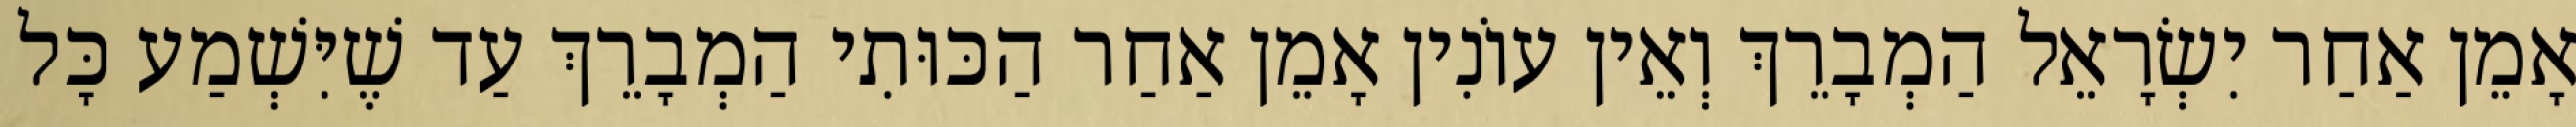
אָמֵן אַחַר יִשְׂרָאֵל הַמְבָרֵךְ וְאֵין עוֹנִין אָמֵן אַחַר הַכּוּתִי הַמְבָרֵךְ עַד שֶׁיִּשְׁמַע כָּל